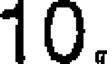
10.